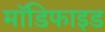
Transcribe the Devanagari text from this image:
माॅडिफाइड